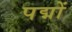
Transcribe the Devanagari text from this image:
पद्मों